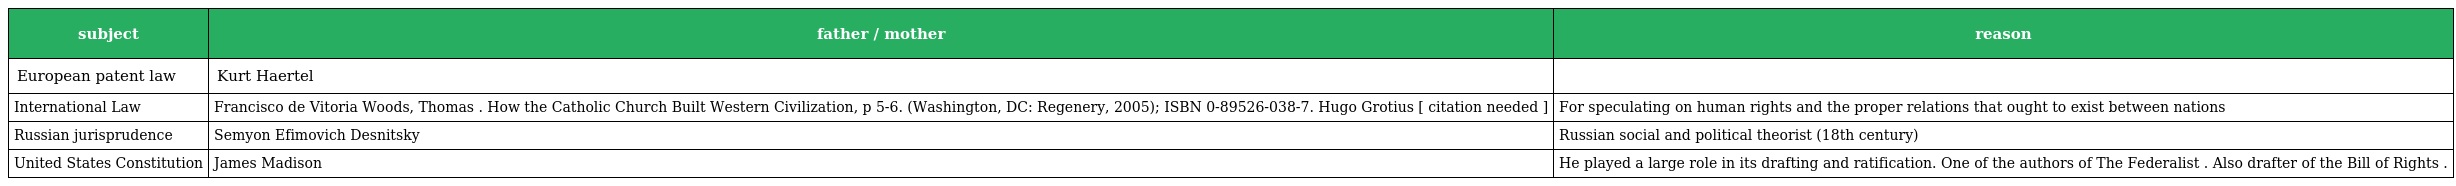
| subject | father / mother | reason |
 | --- | --- | --- |
 | European patent law | Kurt Haertel |  |
 | International Law | Francisco de Vitoria Woods, Thomas . How the Catholic Church Built Western Civilization, p 5-6. (Washington, DC: Regenery, 2005); ISBN 0-89526-038-7. Hugo Grotius [ citation needed ] | For speculating on human rights and the proper relations that ought to exist between nations |
 | Russian jurisprudence | Semyon Efimovich Desnitsky | Russian social and political theorist (18th century) |
 | United States Constitution | James Madison | He played a large role in its drafting and ratification. One of the authors of The Federalist . Also drafter of the Bill of Rights . |